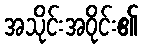
အသိုင်းအဝိုင်း၏